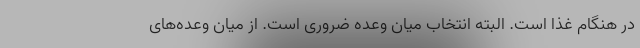
در هنگام غذا است. البته انتخاب میان وعده ضروری است. از میان وعده‌های